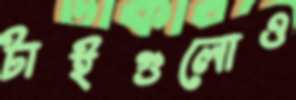
টাইগুলোও